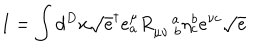
I = \int d ^ { D } x \sqrt { e } ^ { \dagger } e _ { a } ^ { \mu } R _ { \mu \nu \, \, b } ^ { \quad a } \eta _ { c } ^ { b } e ^ { \nu c } \sqrt { e }